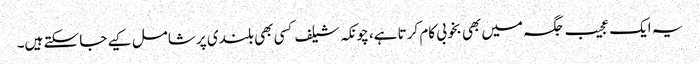
یہ ایک عجیب جگہ میں بھی بخوبی کام کرتا ہے، چونکہ شیلف کسی بھی بلندی پر شامل کیے جا سکتے ہیں۔